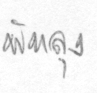
พัทลุง